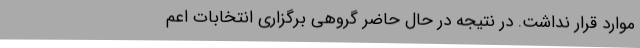
موارد قرار نداشت. در نتیجه در حال حاضر گروهی برگزاری انتخابات اعم